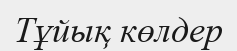
Тұйық көлдер